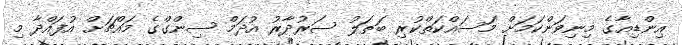
އިންޑިއާގެ މިނިވަންކަމަށް މަސައްކަތްކުރި ބަޠަލު ސަރުދާރު އުދަމް ސިންގްގެ މައްޗަށް އުފައްދާ މި